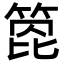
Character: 箆